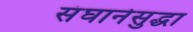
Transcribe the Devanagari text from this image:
संघानेसुद्धा